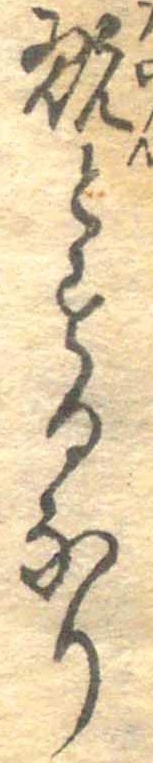
翫とするなり